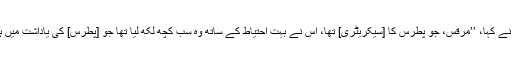
پاپیاس نے کہا، ’’مرقس، جو پطرس کا [سیکریٹری] تھا، اُس نے بہت احتیاط کے ساتھ وہ سب کچھ لکھ لیا تھا جو [پطرس] کی یاداشت میں ہوتا تھا۔